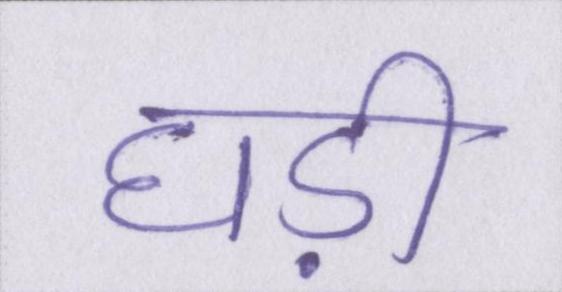
घड़ी